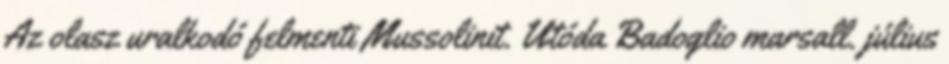
Az olasz uralkodó felmenti Mussolinit. Utóda Badoglio marsall. július